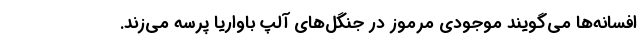
افسانه‌ها می‌گویند موجودی مرموز در جنگل‌های آلپ باواریا پرسه می‌زند.